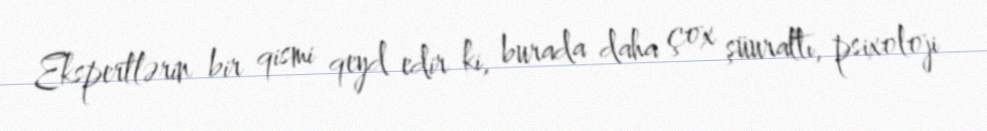
Ekspertlərin bir qismi qeyd edir ki, burada daha çox şüuraltı, psixoloji